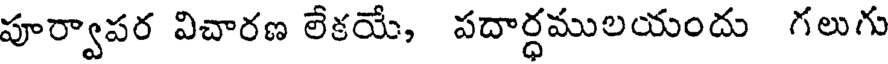
పూర్వాపర విచారణ లేకయే, పదార్ధములయందు గలుగు